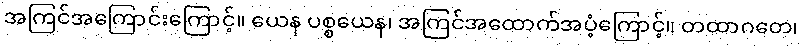
အကြင်အကြောင်းကြောင့်။ ယေန ပစ္စယေန၊ အကြင်အထောက်အပံ့ကြောင့်။ တထာဂတေ၊